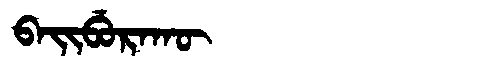
Manchu: ᠪᠠᡳᠪᡠᡵᠠᡴᡡ
Romanization: BAIBURAKŪ